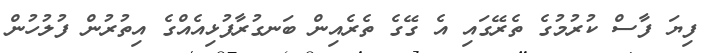
ފިޔަ ފާސް ކުރުމުގެ ތެރޭގައި އެ ގޭގެ ތެރެއިން ބަނގުރާފުޅިއެއްގެ އިތުރުން ފުލުހުން